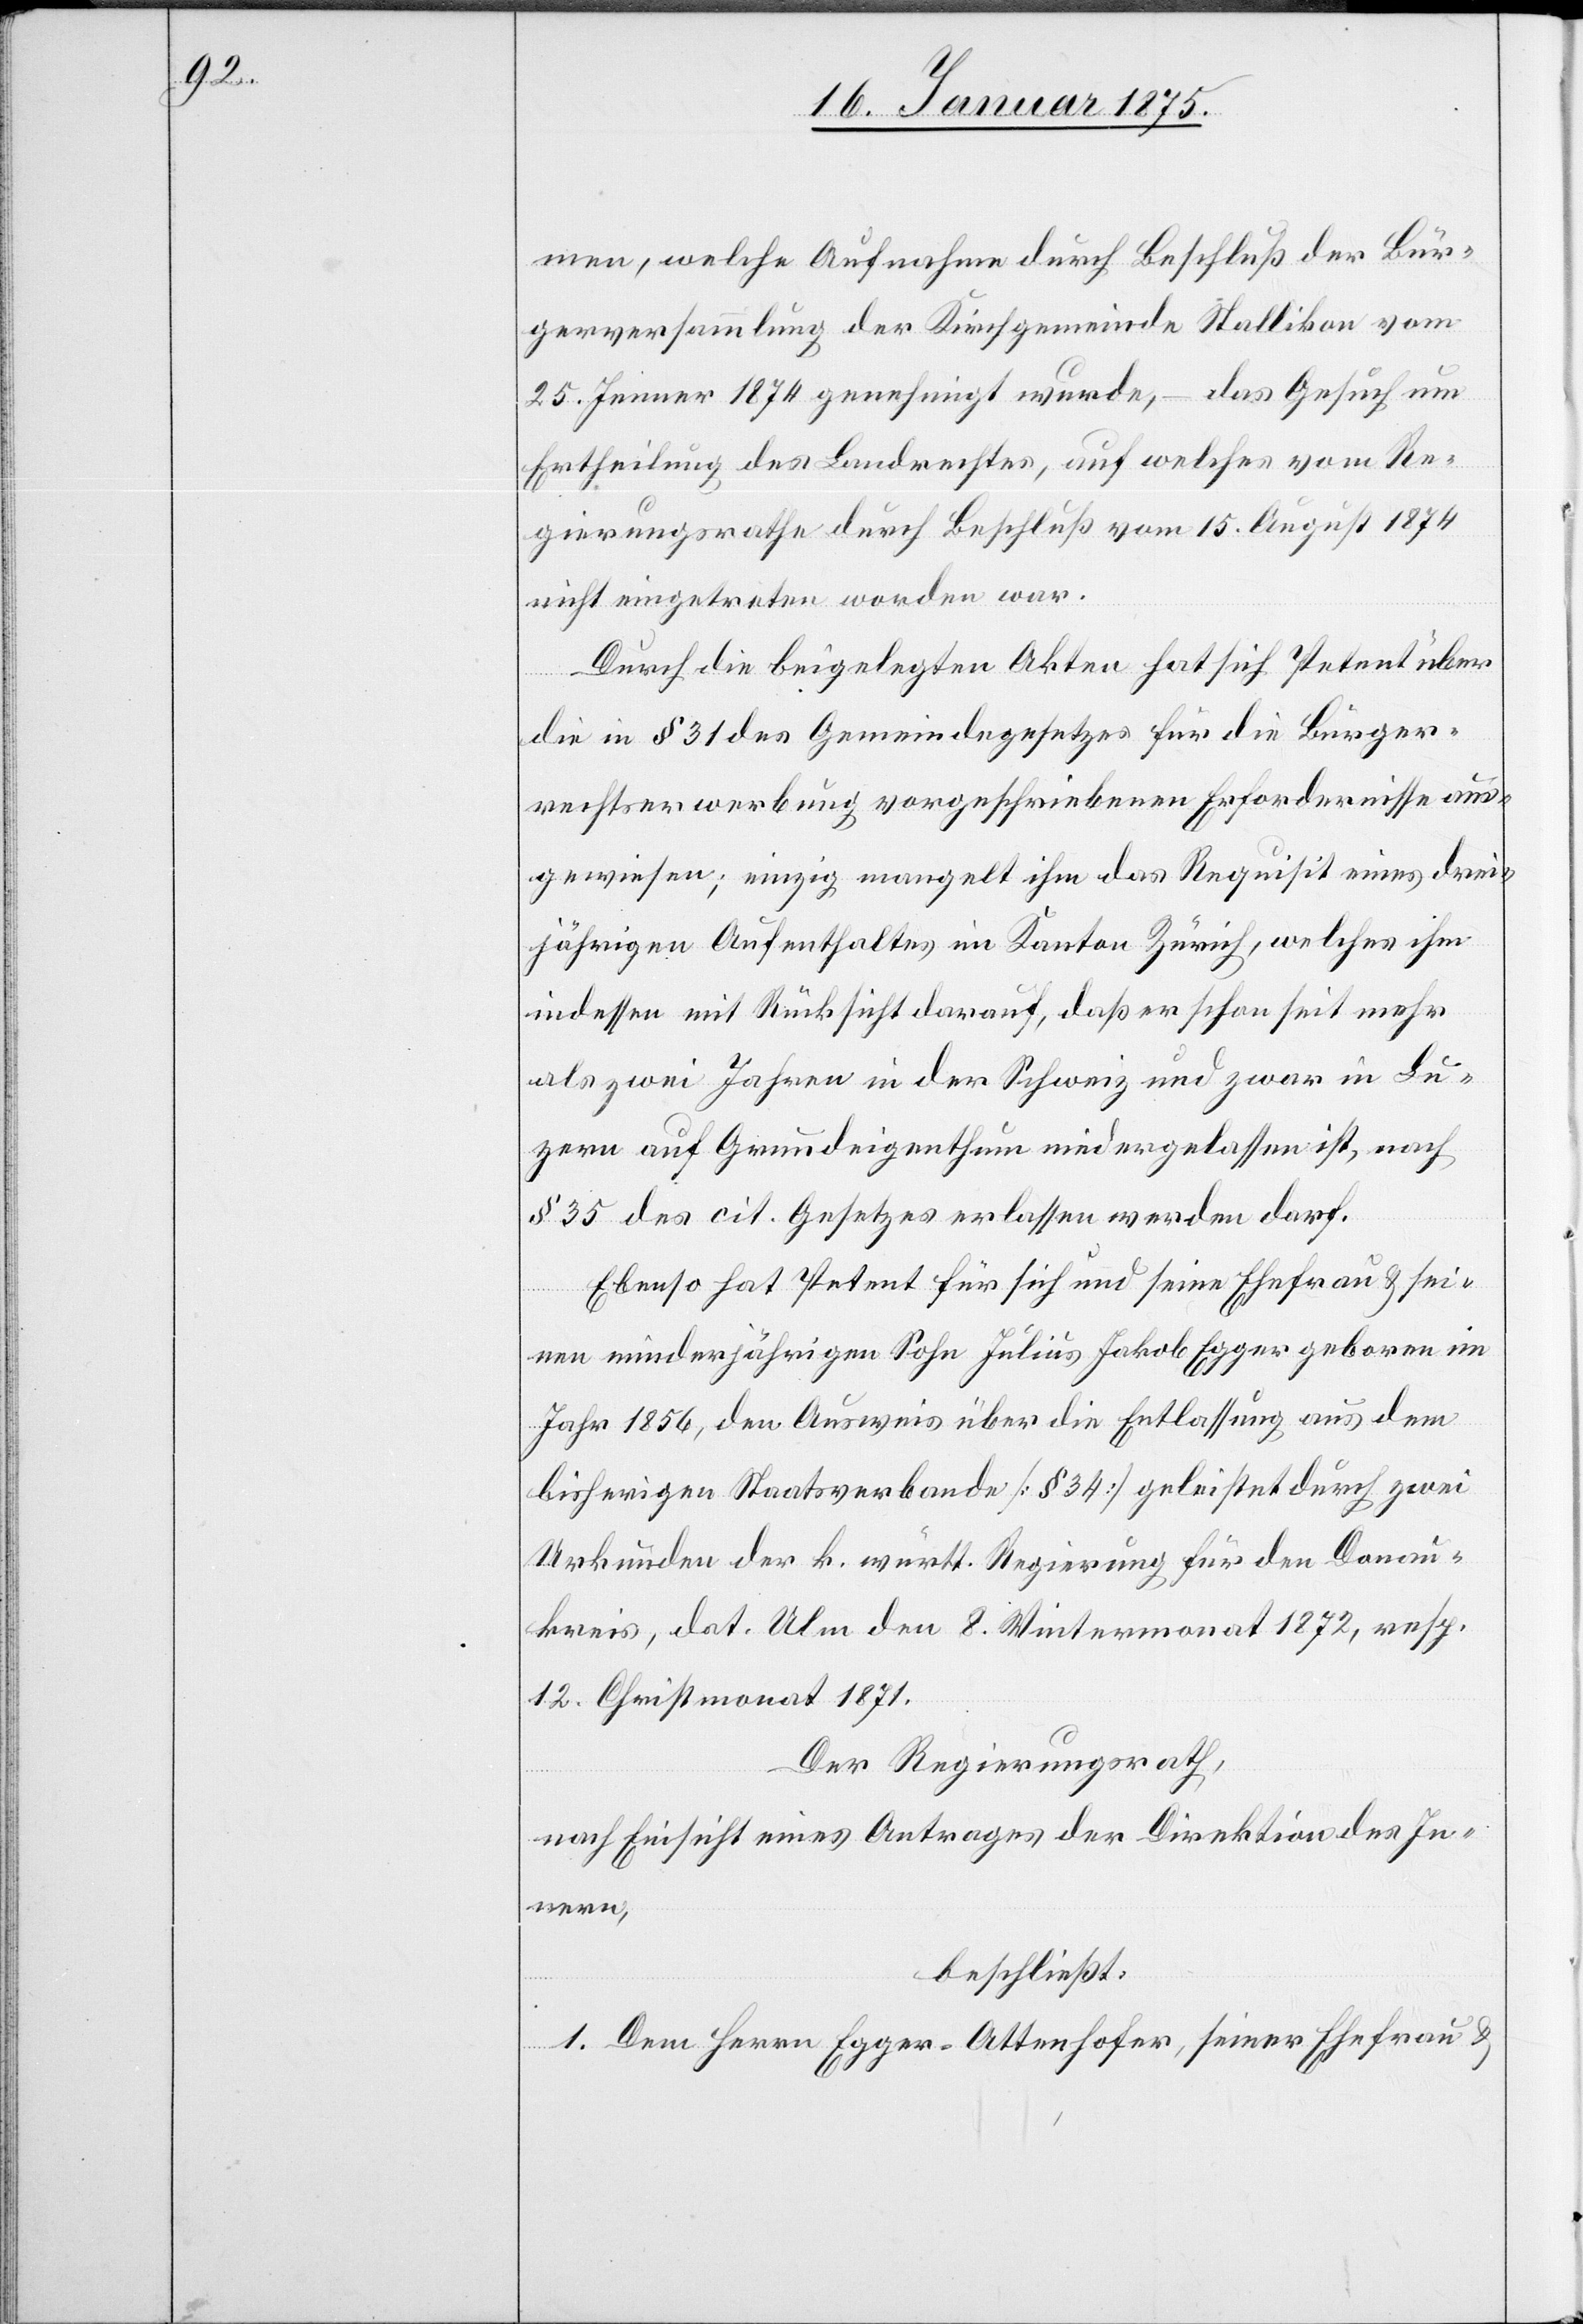
men, welche Aufnahme durch Beschluß der Bür¬
gerversammlung der Kirchgemeinde Stallikon vom
25. Jenner 1874 genehmigt wurde, – das Gesuch um
Ertheilung des Landrechtes, auf welches vom Re¬
gierungsrathe durch Beschluß vom 15. August 1874
nicht eingetreten worden war.
Durch die beigelegten Akten hat sich Petent über
die in § 31 des Gemeindegesetzes für die Bürger¬
rechtserwerbung vorgeschriebenen Erfordernisse aus¬
gewiesen; einzig mangelt ihm das Requisit eines drei¬
jährigen Aufenthaltes im Kanton Zürich, welches ihm
indessen mit Rücksicht darauf, daß er schon seit mehr
als zwei Jahren in der Schweiz und zwar in Lu¬
zern auf Grundeigenthum niedergelassen ist, nach
§ 35 des cit. Gesetzes erlassen werden darf.
Ebenso hat Petent für sich und seine Ehefrau & sei¬
nen minderjährigen Sohn Julius Jakob Egger geboren im
Jahr 1856, den Ausweis über die Entlassung aus dem
bisherigen Staatsverbande (§ 34) geleistet durch zwei
Urkunden der k. württ. Regierung für den Donau¬
kreis, dat. Ulm den 8. Wintermonat 1872, resp.
12. Christmonat 1871.
Der Regierungsrath,
nach Einsicht eines Antrages der Direktion des In¬
nern,
beschließt:
1. Dem Herrn Egger-Attenhofer, seiner Ehefrau &